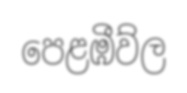
පෙළඹීව්ල